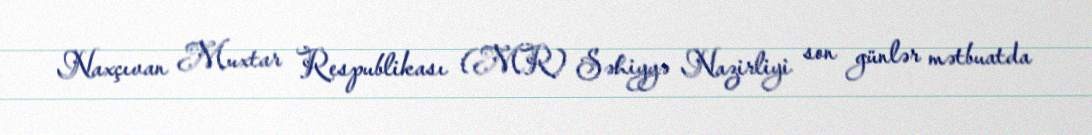
Naxçıvan Muxtar Respublikası (MR) Səhiyyə Nazirliyi son günlər mətbuatda